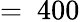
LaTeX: =~400